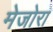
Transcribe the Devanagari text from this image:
मेजोरा